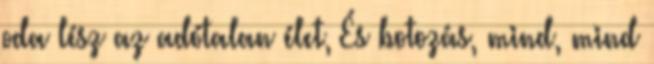
oda lész az adótalan élet, És botozás, mind, mind